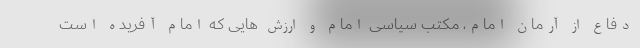
دفاع از آرمان امام، مکتب سیاسی امام و ارزش هایی که امام آفریده است